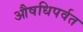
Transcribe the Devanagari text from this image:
औषधिपर्वत